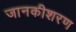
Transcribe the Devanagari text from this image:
जानकीशरण